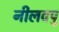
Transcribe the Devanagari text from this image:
नीलवपु